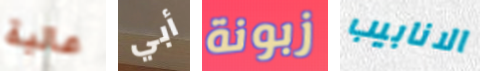
عالية أبي زبونة الانابيب